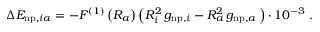
\Delta E _ { \mathrm { n p } , i a } = - F ^ { ( 1 ) } \left( R _ { a } \right) \left( R _ { i } ^ { 2 } \, g _ { \mathrm { n p , } i } - R _ { a } ^ { 2 } \, g _ { \mathrm { n p , } a } \, \right) \cdot 1 0 ^ { - 3 } \ .